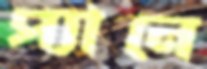
প্যানে